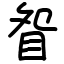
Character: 眢